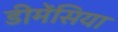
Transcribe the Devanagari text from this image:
डीमेंसिया